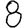
Digit: 8